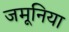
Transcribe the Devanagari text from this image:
जमूनिया